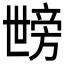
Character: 𱍦